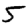
Digit: 5